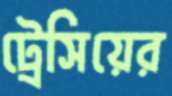
ট্রেসিয়ের